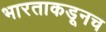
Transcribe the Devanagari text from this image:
भारताकडूनच